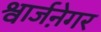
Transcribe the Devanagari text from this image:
श्वार्जने़गर